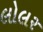
લોલર